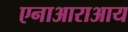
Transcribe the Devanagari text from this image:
एनाआराआय